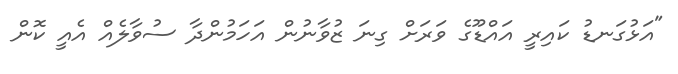
"އަޅުގަނޑު ކައިރީ އައްޑޫގެ ވަރަށް ގިނަ ޒުވާނުން އަހަމުންދާ ސުވާލެއް އެއީ ކޮން